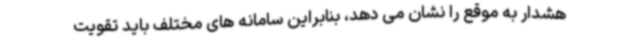
هشدار به موقع را نشان می دهد، بنابراین سامانه های مختلف باید تقویت